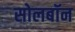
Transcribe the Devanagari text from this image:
सोलबॉन